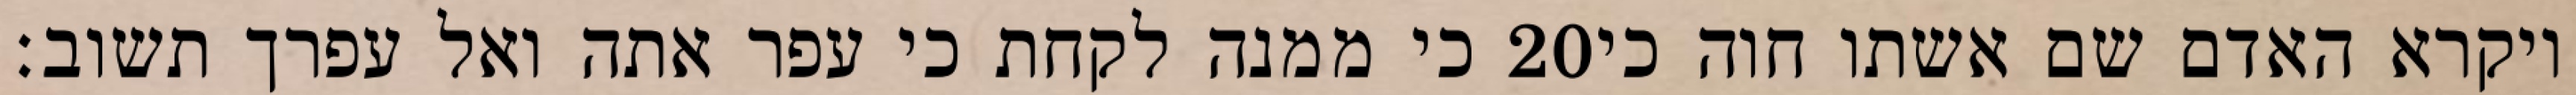
כי ממנה לקחת כי עפר אתה ואל עפרך תשוב׃ ‎20‏ ויקרא האדם שם אשתו חוה כי